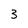
Character: 3